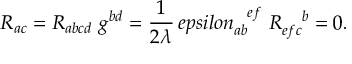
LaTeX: \left\{ Q , \, \lambda \right\} = \left\{ Q ^ { \, \dagger } , \, \lambda \right\} = 0 = Q ^ { \, 2 } = Q ^ { \, \dagger ^ { \, 2 } }